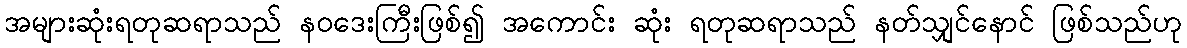
အများဆုံးရတုဆရာသည် နဝဒေးကြီးဖြစ်၍ အကောင်း ဆုံး ရတုဆရာသည် နတ်သျှင်နောင် ဖြစ်သည်ဟု